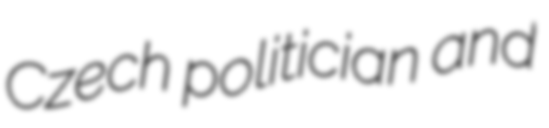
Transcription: Czech politician and